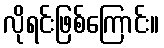
လိုရင်းဖြစ်ကြောင်း။